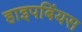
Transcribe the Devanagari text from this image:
हाइपबिंयस